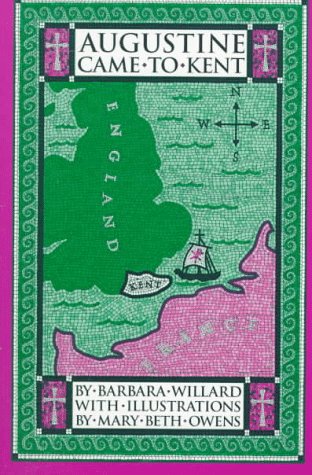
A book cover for Augustine Came to Kent (Living History Library); Barbara Willard; Teen & Young Adult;